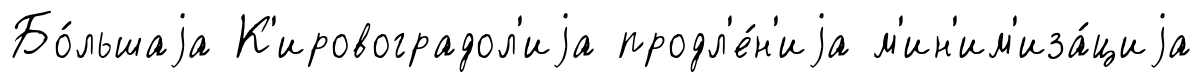
Бо́льшаjа К'ировоградол'иjа продл'е́н'иjа м'ин'им'иза́циjа